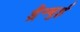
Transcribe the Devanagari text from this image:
ड्रैम्बुई